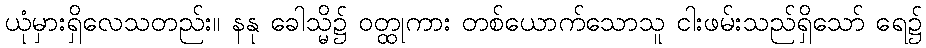
ယုံမှားရှိလေသတည်း။ နနု ခေါသ္မိ၌ ဝတ္ထုကား တစ်ယောက်သောသူ ငါးဖမ်းသည်ရှိသော် ရေ၌